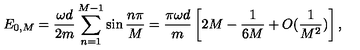
E _ { 0 , M } = { \frac { \omega d } { 2 m } } \sum _ { n = 1 } ^ { M - 1 } \sin { \frac { n \pi } { M } } = { \frac { \pi \omega d } { m } } \left[ { 2 } M - { \frac { 1 } { 6 M } } + O ( { \frac { 1 } { M ^ { 2 } } } ) \right] ,